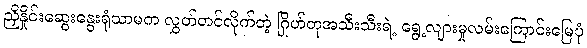
ညှိနှိုင်းဆွေးနွေးရုံသာမက လွှတ်တင်လိုက်တဲ့ ဂြိုဟ်တုအသီးသီးရဲ့ ရွေ့လျားမှုလမ်းကြောင်းမြေပုံ